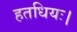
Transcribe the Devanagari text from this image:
हतधियः।